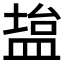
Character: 𫞱